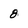
Character: 8